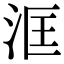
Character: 洭